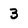
Character: 3